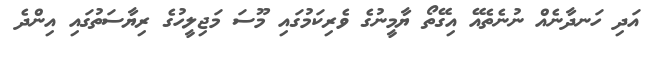
އަދި ހަނދާނެއް ނުނެތެއޭ އިގޭތޯ ޔާމީނުގެ ވެރިކަމުގައި މޫސަ މަޖިލީހުގެ ރިޔާސަތުގައި އިންދެ